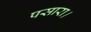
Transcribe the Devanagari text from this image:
पसारा।